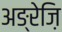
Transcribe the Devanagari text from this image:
अङ्रेज़ि